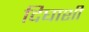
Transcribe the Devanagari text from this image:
दिघाशी